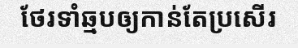
ថែរទាំឆ្មបឲ្យកាន់តែប្រសើរ